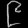
Digit: ၉